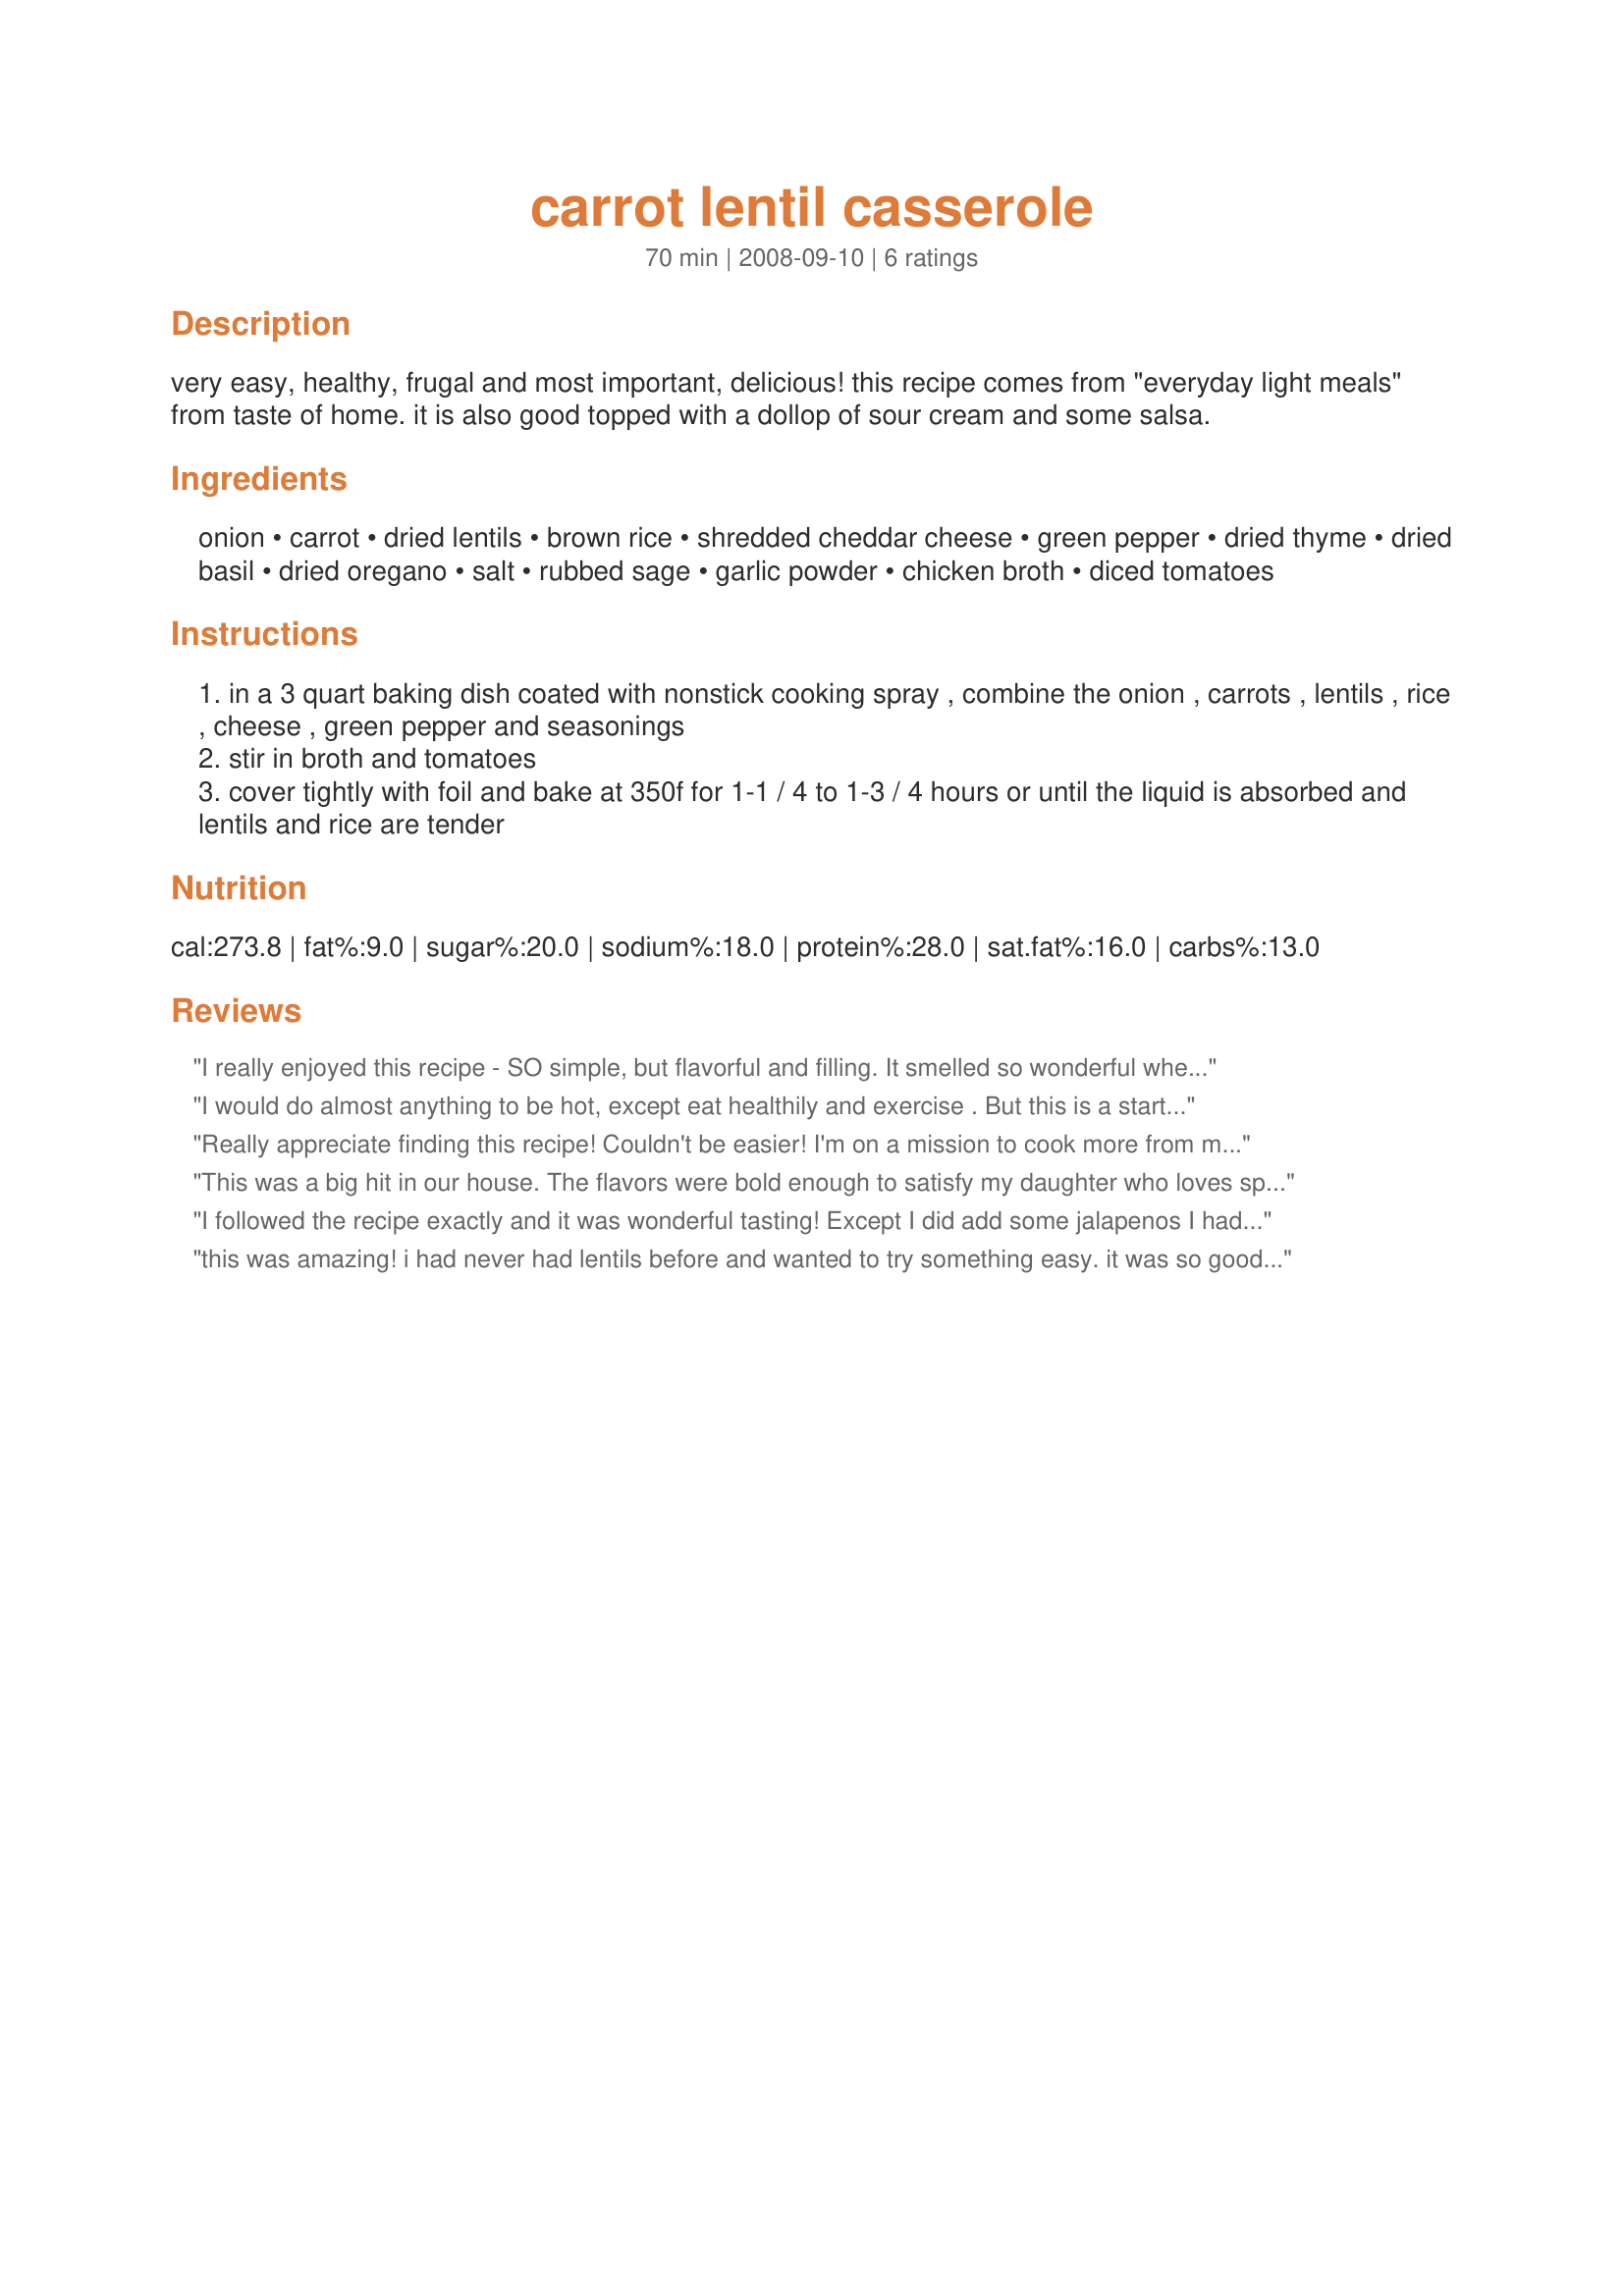
carrot lentil casserole
Preparation time: 70 minutes

very easy, healthy, frugal and most important, delicious! this recipe comes from "everyday light meals" from taste of home. it is also good topped with a dollop of sour cream and some salsa.

Ingredients:
onion, carrot, dried lentils, brown rice, shredded cheddar cheese, green pepper, dried thyme, dried basil, dried oregano, salt, rubbed sage, garlic powder, chicken broth, diced tomatoes

Steps:
in a 3 quart baking dish coated with nonstick cooking spray , combine the onion , carrots , lentils , rice , cheese , green pepper and seasonings
stir in broth and tomatoes
cover tightly with foil and bake at 350f for 1-1 / 4 to 1-3 / 4 hours or until the liquid is absorbed and lentils and rice are tender

Reviews:
I really enjoyed this recipe - SO simple, but flavorful and filling. It smelled so wonderful when it was cooking, it brought my neighbor over! (When I told him what was in it, he turned it down. What did he expect?!? A cheeseburger??!) I also love that I was able to make this recipe for about $5.00 - always a plus! Thanks, TexasToaster, for another great recipe. PAC Fall 2009.
I would do almost anything to be hot, except eat healthily and exercise . But this is a start...
Really appreciate finding this recipe! Couldn't be easier! I'm on a mission to cook more from my pantry right now and lentils and brown rice are on the list! I had to leave out the cheese though...but allowed others to add it as they wished when it was finished. It was ready at 90 minutes but was a tad dry...so I think I'll add 1/4 cup of water next time...probably needed due to the lack of cheese. Overall, I'm quite pleased with the outcome! I was hoping for more garlic flavor (even with doubling the garlic powder!) so I'll throw in a bit more seasoning next time, too, but that's simply personal taste. This will be in my regular winter rotation...and I won't care if I don't get any help eating it!
This was a big hit in our house. The flavors were bold enough to satisfy my daughter who loves spicy food but not too overpowering for the one who doesn&#039;t. It was so easy to put together and only having to use one pot was a big plus.
I followed the recipe exactly and it was wonderful tasting! Except I did add some jalapenos I had cut up and frozen in the freezer. I used a mexican blend of cheese that I needed to use up. It was very tasty and I had leftovers that I froze for later since it's just the 2 of us. Made for PAC Spring 2011.
this was amazing! i had never had lentils before and wanted to try something easy. it was so good and my toddler ate it too. i used pepperjack since thats all i had and it added a nice zip. i love this, its going in the rotation!
